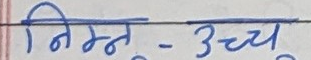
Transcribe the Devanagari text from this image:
निम्न - उच्च